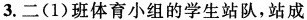
3.二(1)班体育小组的学生站队，站成